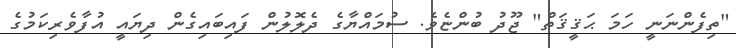
"ތިފެންނަނީ ހަމަ ޙަޤީޤަތް" ޖޫދު ބުންޏެވެ. ސުމައްޔާގެ ދެލޮލުން ފައިބައިގެން ދިޔައީ އުފާވެރިކަމުގެ